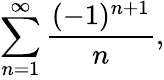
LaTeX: \sum_{n=1}^{\infty}{\frac{(-1)^{n+1}}{n}},